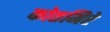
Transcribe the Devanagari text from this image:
कोतमिरे